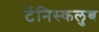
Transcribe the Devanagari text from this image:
टेंनिस्कलुब